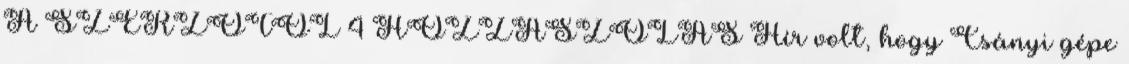
A SZERZŐTŐL 4 HOZZÁSZÓLÁS Hír volt, hogy Csányi gépe